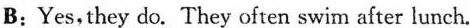
B: Yes,they do.They often swimafter lunch.